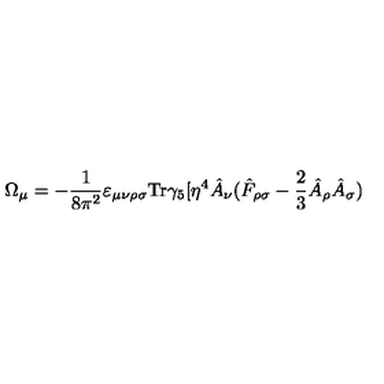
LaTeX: \Omega _ { \mu } = - \frac { 1 } { 8 \pi ^ { 2 } } \varepsilon _ { \mu \nu \rho \sigma } \mathrm { T r } \gamma _ { 5 } [ \eta ^ { 4 } \hat { A } _ { \nu } ( \hat { F } _ { \rho \sigma } - \frac { 2 } { 3 } \hat { A } _ { \rho } \hat { A } _ { \sigma } )